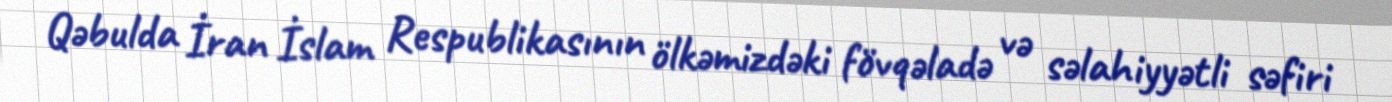
Qəbulda İran İslam Respublikasının ölkəmizdəki fövqəladə və səlahiyyətli səfiri